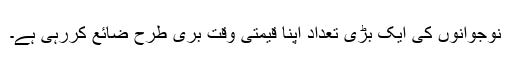
نوجوانوں کی ایک بڑی تعداد اپنا قیمتی وقت بری طرح ضائع کررہی ہے۔